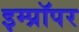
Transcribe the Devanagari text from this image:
इम्प्रॉपर